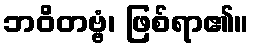
ဘဝိတဗ္ဗံ၊ ဖြစ်ရာ၏။